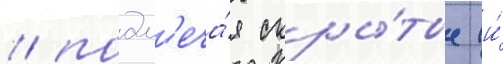
/ подм'еча́я скры́тые (и́